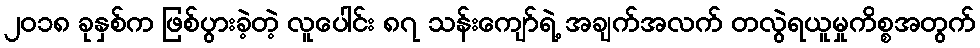
၂၀၁၈ ခုနှစ်က ဖြစ်ပွားခဲ့တဲ့ လူပေါင်း ၈၇ သန်းကျော်ရဲ့ အချက်အလက် တလွဲရယူမှုကိစ္စအတွက်